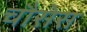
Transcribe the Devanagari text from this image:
चौसेस